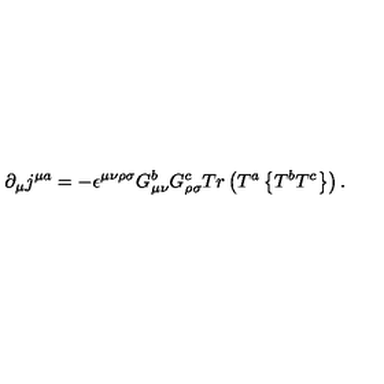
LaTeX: \partial _ { \mu } j ^ { \mu a } = - \epsilon ^ { \mu \nu \rho \sigma } G _ { \mu \nu } ^ { b } G _ { \rho \sigma } ^ { c } T r \left( T ^ { a } \left\{ T ^ { b } T ^ { c } \right\} \right) .